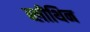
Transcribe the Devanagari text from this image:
ब्लीथिन